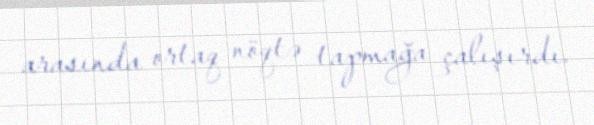
arasında ortaq nöqtə tapmağa çalışırdı.